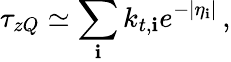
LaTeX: \tau_{zQ}\simeq\sum_{\mathbf{i}}k_{t,\mathbf{i}}e^{-|\eta_{\mathbf{i}}|}\, ,